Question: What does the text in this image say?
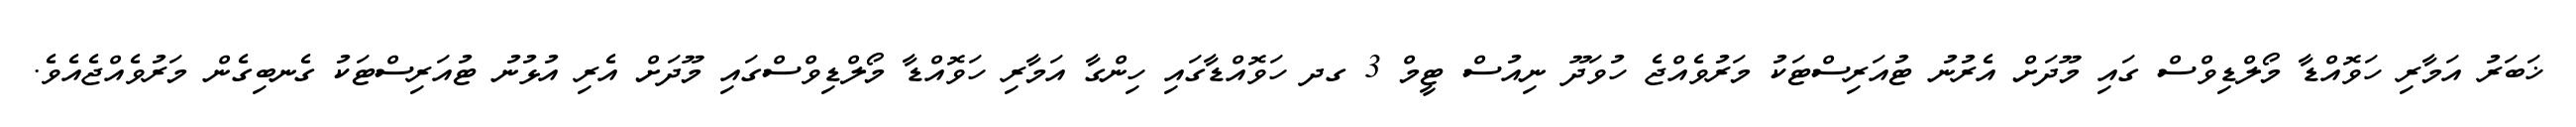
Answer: ޚަބަރު އަމާރި ހަވޮއްޑާ މޯލްޑިވްސް ގައި މޫދަށް އެރުނު ޓުއަރިސްޓަކު މަރުވެއްޖެ ހުވަދޫ ނިއުސް ޓީމް 3 ގދ ހަވޮއްޑާގައި ހިންގާ އަމާރި ހަވޮއްޑާ މޯލްޑިވްސްގައި މޫދަށް އެރި އުޅުނު ޓުއަރިސްޓަކު ގެނބިގެން މަރުވެއްޖެއެވެ.